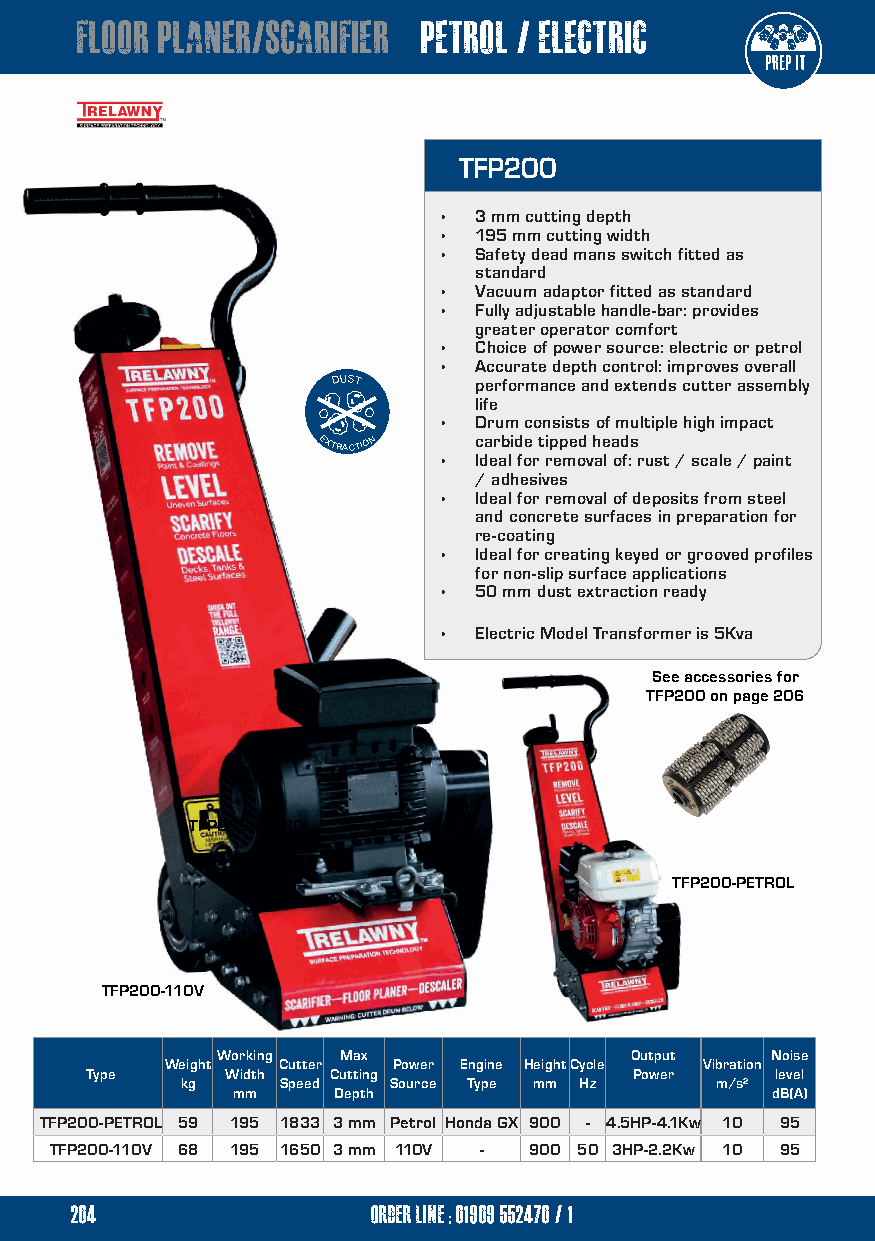
floor planer/scarifier petrol / electric
 TFP200
 • 3 mm cutting depth
 • 195 mm cutting width
 • Safety dead mans switch fitted as
 standard
 • Vacuum adaptor fitted as standard
 • Fully adjustable handle-bar: provides
 greater operator comfort
 • Choice of power source: electric or petrol
 • Accurate depth control: improves overall
 DUST     performance and extends cutter assembly
 life
 • Drum consists of multiple high impact
 EXTRACTION carbide tipped heads
 • Ideal for removal of: rust / scale / paint
 / adhesives
 • Ideal for removal of deposits from steel
 and concrete surfaces in preparation for
 re-coating
 • Ideal for creating keyed or grooved profiles
 for non-slip surface applications
 • 50 mm dust extraction ready
 • Electric Model Transformer is 5Kva
 See accessories for
 TFP200 on page 206
 TFP200-PETROL
 TFP200-PETROL
 TFP200-110V
 Working  Max                Output   Noise
 Weight Cutter  Power Engine HeightCycle Vibration
 Type     Width  Cutting             Power    level
 kg     Speed  Source Type mm Hz    m/s²
 mm     Depth                        dB(A)
 TFP200-PETROL 59 195 1833 3 mm Petrol Honda GX 900 - 4.5HP-4.1Kw 10 95
 TFP200-110V 68 195 1650 3 mm 110V - 900 50 3HP-2.2Kw 10 95
 204                 order line ; 01909 552470/1